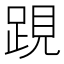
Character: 𨁍